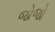
જોજો